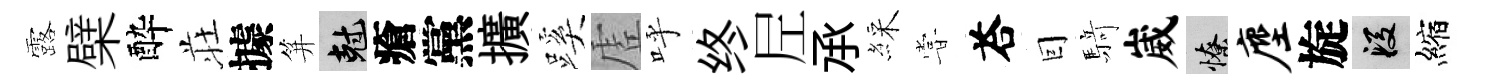
露檗酔荘據笄剋瘡黨擴蹊虗呼终𡰱𠄘綵甞荅囙𮪍崴憭麈旋段縮